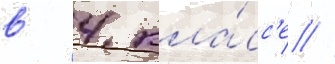
в 4 кла́сс'е //